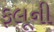
ફલૂની